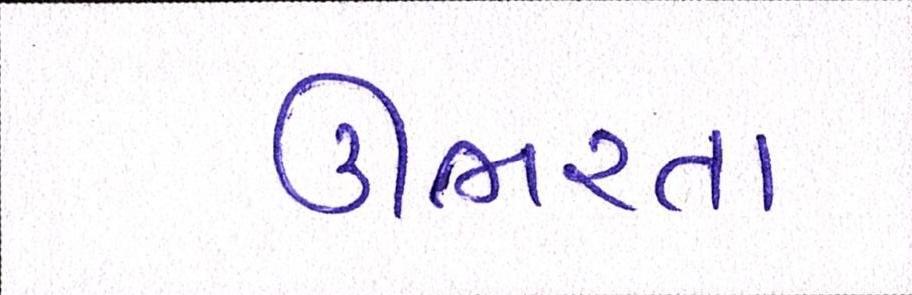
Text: ઊભરતા